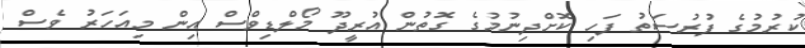
ކުރުމުގެ ފުރުސަތު ފަހި ކޮށްދިނުމުގެ ގޮތުން އުރީދޫ މޯލްޑިވްސް އިން މިއަހަރު ވެސް